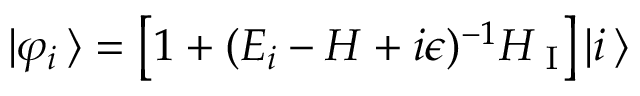
| \varphi _ { i } \, \rangle = \left[ 1 + ( E _ { i } - H + i \epsilon ) ^ { - 1 } H _ { \mathrm { \scriptsize ~ I } } \right] | i \, \rangle